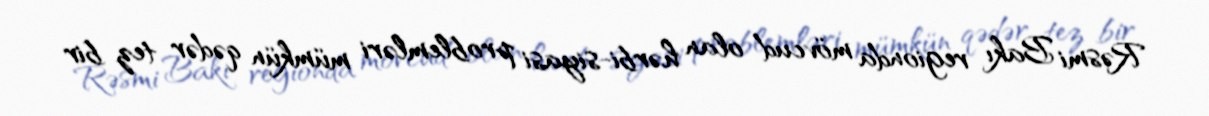
Rəsmi Bakı regionda mövcud olan hərbi-siyasi problemləri mümkün qədər tez bir